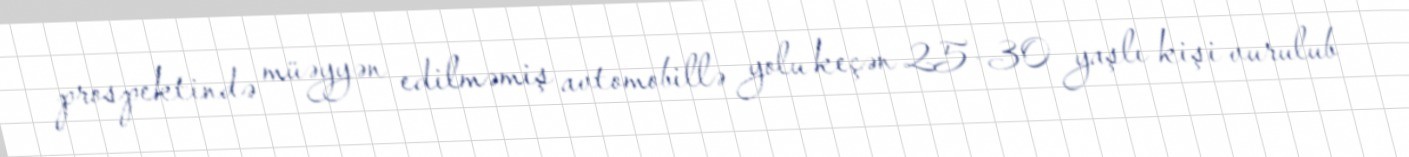
prospektində müəyyən edilməmiş avtomobillə yolu keçən 25-30 yaşlı kişi vurulub